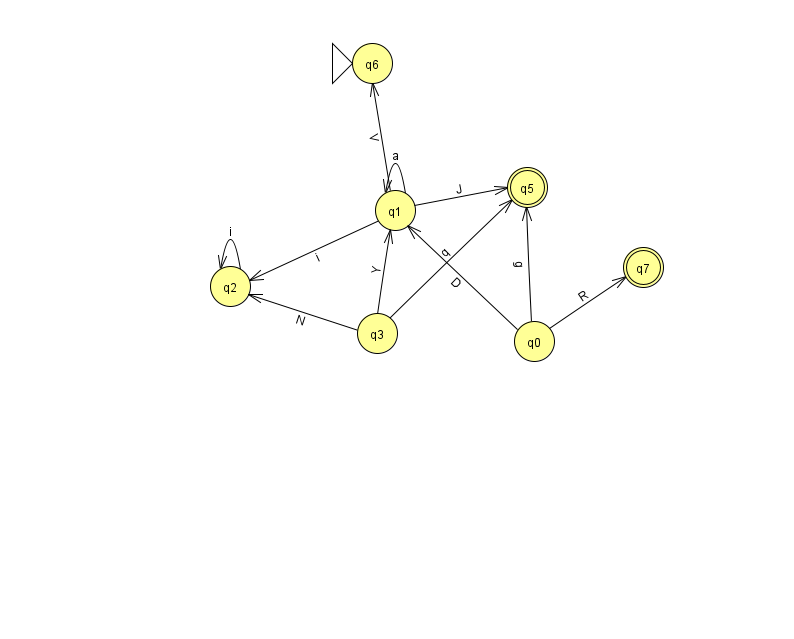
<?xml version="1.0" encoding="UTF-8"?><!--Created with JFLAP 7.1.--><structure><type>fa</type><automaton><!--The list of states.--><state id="0" name="q0"><x>534.0</x><y>328.0</y></state><state id="1" name="q1"><x>395.0</x><y>197.0</y></state><state id="2" name="q2"><x>230.0</x><y>273.0</y></state><state id="3" name="q3"><x>377.0</x><y>320.0</y></state><state id="5" name="q5"><x>527.0</x><y>174.0</y><final/></state><state id="6" name="q6"><x>372.0</x><y>50.0</y><initial/></state><state id="7" name="q7"><x>643.0</x><y>254.0</y><final/></state><!--The list of transitions.--><transition><from>0</from><to>1</to><read>D</read></transition><transition><from>1</from><to>1</to><read>a</read></transition><transition><from>3</from><to>2</to><read>N</read></transition><transition><from>1</from><to>5</to><read>J</read></transition><transition><from>0</from><to>7</to><read>R</read></transition><transition><from>1</from><to>2</to><read>i</read></transition><transition><from>2</from><to>2</to><read>i</read></transition><transition><from>0</from><to>5</to><read>g</read></transition><transition><from>3</from><to>5</to><read>q</read></transition><transition><from>1</from><to>6</to><read>V</read></transition><transition><from>3</from><to>1</to><read>Y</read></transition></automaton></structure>